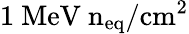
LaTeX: \mathrm{1~MeV~n_{eq}/cm^{2}}